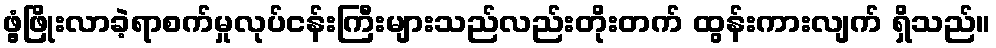
ဖွံ့ဖြိုးလာခဲ့ရာစက်မှုလုပ်ငန်းကြီးများသည်လည်းတိုးတက် ထွန်းကားလျက် ရှိသည်။